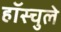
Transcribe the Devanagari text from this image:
हॉस्चुले